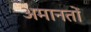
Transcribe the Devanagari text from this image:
अमानतों